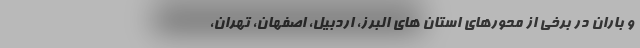
و باران در برخی از محورهای استان های البرز، اردبیل، اصفهان، تهران،